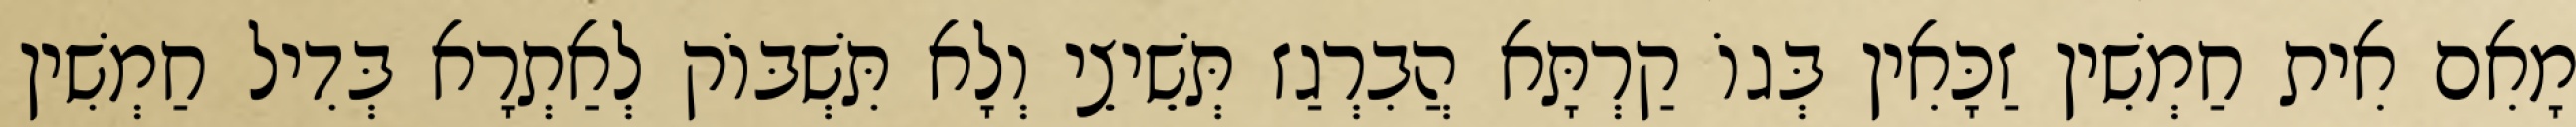
מָאִם אִית חַמְשִׁין זַכָּאִין בְּגוֹ קַרְתָּא הֲבִרְגַז תְּשֵׁיצֵי וְלָא תִּשְׁבּוֹק לְאַתְרָא בְּדִיל חַמְשִׁין